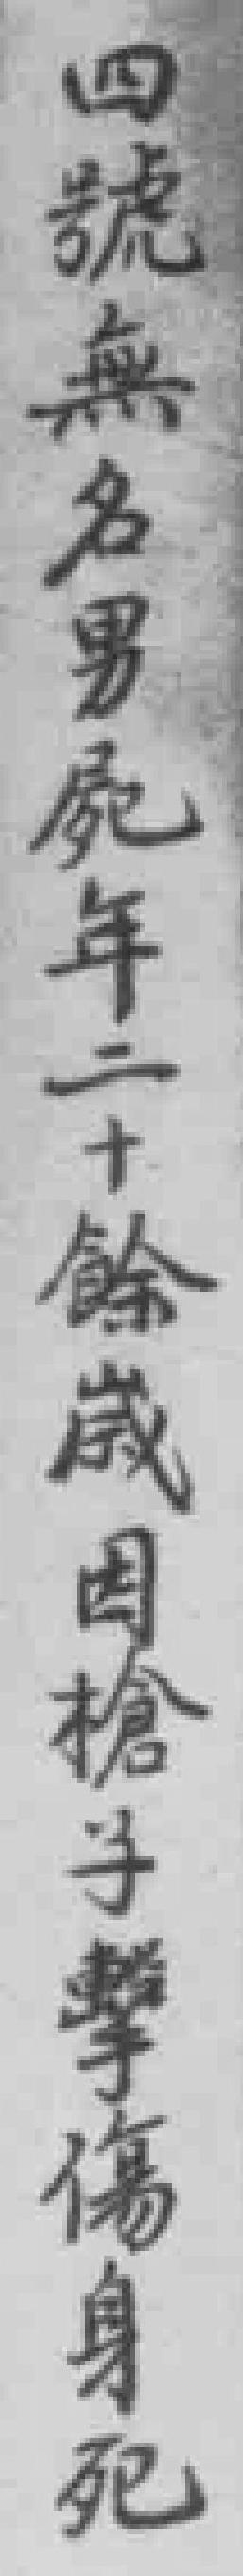
四號無名男屍年二十餘歲因槍子擊傷身死